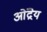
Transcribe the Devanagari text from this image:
ओंद्रेय